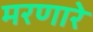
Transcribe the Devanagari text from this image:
मरणारे